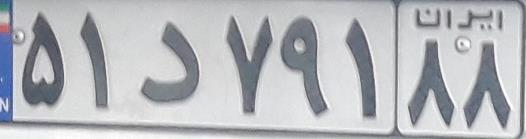
۵۱د۷۹۱۸۸